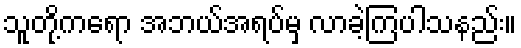
သူတို့ကရော အဘယ်အရပ်မှ လာခဲ့ကြပါသနည်း။